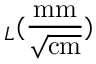
_ L ( \frac { \mathrm { m m } } { \sqrt { \mathrm { c m } } } )